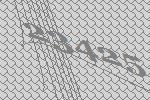
23425